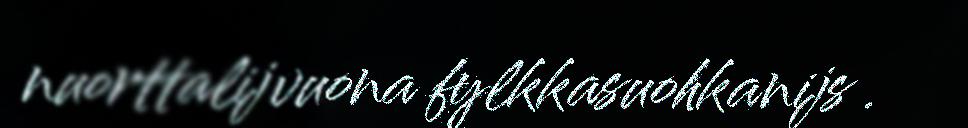
nuorttalijvuona fylkkasuohkanijs .